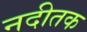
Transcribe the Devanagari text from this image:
नदीतक